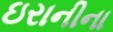
ઇરાનીના